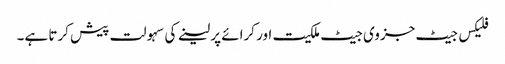
فلیکس جیٹ جزوی جیٹ ملکیت اور کرائے پر لینے کی سہولت پیش کرتا ہے۔